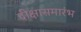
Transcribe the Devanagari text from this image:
दीक्षासमारंभ